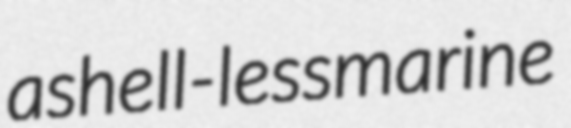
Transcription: a shell-less marine